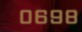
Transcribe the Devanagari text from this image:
०६९८